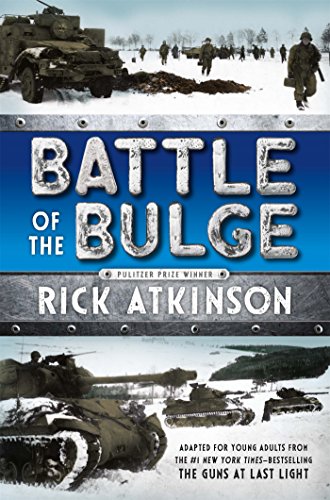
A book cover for Battle of the Bulge [The Young Readers Adaptation]; Rick Atkinson; Children's Books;